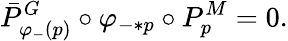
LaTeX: \bar{P}_{\varphi_{-}(p)}^{G}\circ\varphi_{-*p}\circ P_{p}^{M}=0.